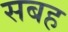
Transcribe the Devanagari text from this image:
सबह